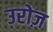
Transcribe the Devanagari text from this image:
उरोज़